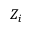
Z _ { i }